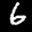
Label: 6